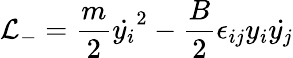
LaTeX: {\cal{L}}_{-}=\frac{m}{2}{\dot{y_{i}}}^{2}-\frac{B}{2}\epsilon_{ij}y_{i}\dot{y_{j}}